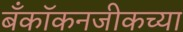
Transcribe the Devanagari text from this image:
बँकॉकनजीकच्या